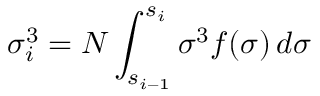
\sigma _ { i } ^ { 3 } = N \int _ { s _ { i - 1 } } ^ { s _ { i } } \sigma ^ { 3 } f ( \sigma ) \, d \sigma